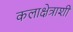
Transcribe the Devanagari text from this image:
कलाक्षेत्राशी